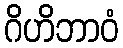
ဂိဟိဘာဝံ